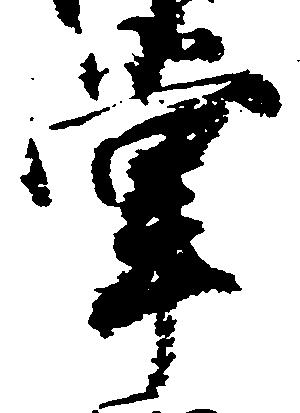
掌